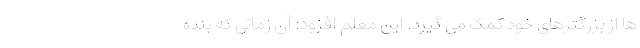
ها از بزرگترهای خود کمک می گیرد. این معلم افزود: آن زمانی که بنده